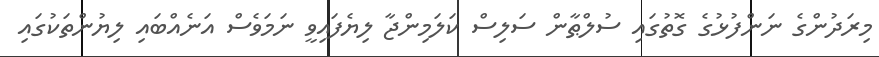
މިރަދުންގެ ނަންފުޅުގެ ގޮތުގައި ސުލްޠާން ސަލިސް ކަލަމިންޖާ ލިޔެފައިވީ ނަމަވެސް އަނެއްބައި ލިޔުންތަކުގައި